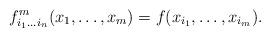
LaTeX: \begin{align*}f^{m}_{i_1\ldots i_n}(x_1,\ldots,x_m)=f(x_{i_1},\ldots,x_{i_m}).\end{align*}